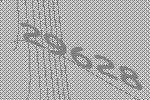
29628